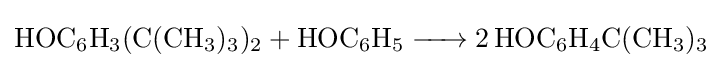
{\ce {HOC6H3(C(CH3)3)2 + HOC6H5 -> 2 HOC6H4C(CH3)3}}